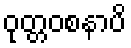
ဝုတ္တဝစနာပိ